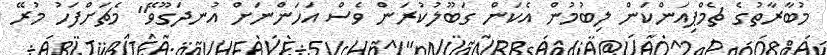
މުބާރާތުގެ ޗެމްޕިއަންކަން ލިބުމުން އެކަން ގަބޫލުކުރަން ވެސް އަހަންނަށް އުނދަގޫވޭ" މެޗަށްފަހު މުރޭ